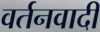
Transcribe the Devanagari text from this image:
वर्तनवादी